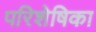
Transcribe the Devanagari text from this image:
परिशेषिका